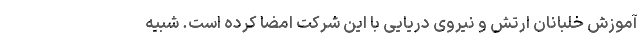
آموزش خلبانان ارتش و نیروی دریایی با این شرکت امضا کرده است. شبیه